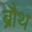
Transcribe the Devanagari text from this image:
ब्रौथ